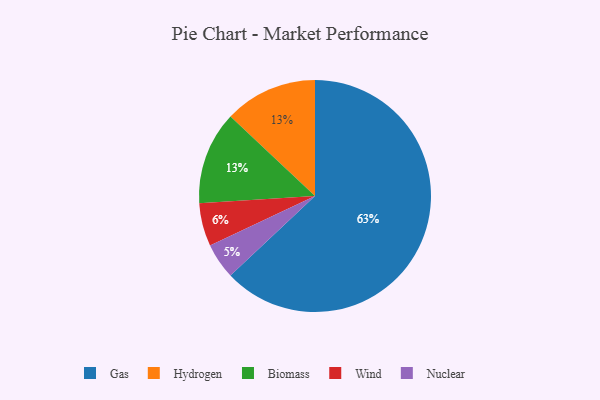
{"axis": {"x": "Category", "y": "Percentage"}, "legend": ["Biomass", "Gas", "Hydrogen", "Nuclear", "Wind"], "data": [{"x": "Hydrogen", "y": 13, "type": "Hydrogen"}, {"x": "Wind", "y": 6, "type": "Wind"}, {"x": "Nuclear", "y": 5, "type": "Nuclear"}, {"x": "Gas", "y": 63, "type": "Gas"}, {"x": "Biomass", "y": 13, "type": "Biomass"}]}